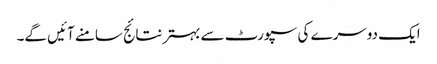
ایک دوسرے کی سپورٹ سے بہترنتائج سامنے آئیں گے۔